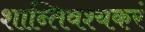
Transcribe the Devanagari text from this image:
शान्तिवश्यकरं